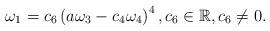
LaTeX: \begin{align*}\omega _{1}=c_{6}\left( a\omega _{3}-c_{4}\omega _{4}\right) ^{4},c_{6}\in \mathbb{R},c_{6}\neq 0. \end{align*}